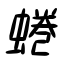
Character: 蜷